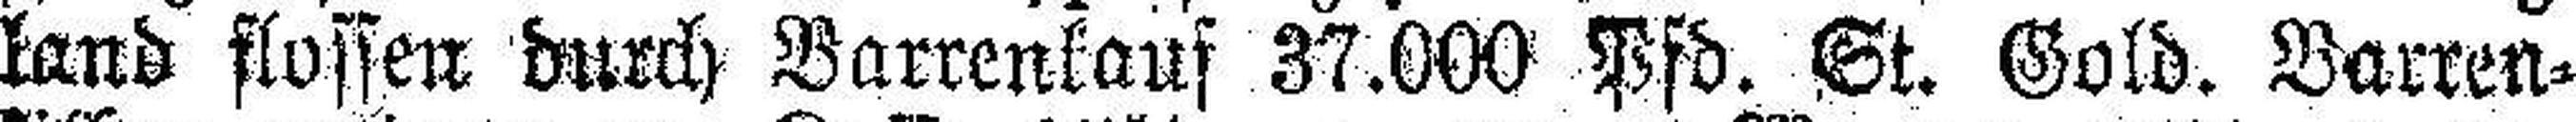
land flossen durch Barrenkauf 37.000 Pfd. St. Gold. Barren¬